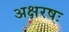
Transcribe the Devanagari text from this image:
अक्षरषः